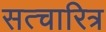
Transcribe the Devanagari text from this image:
सत्चारित्र